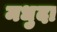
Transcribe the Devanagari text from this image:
मधुदा